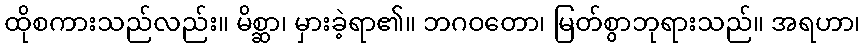
ထိုစကားသည်လည်း။ မိစ္ဆာ၊ မှားခဲ့ရာ၏။ ဘဂဝတော၊ မြတ်စွာဘုရားသည်။ အရဟာ၊